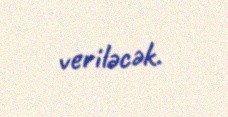
veriləcək.